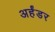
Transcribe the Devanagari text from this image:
अर्हंडर